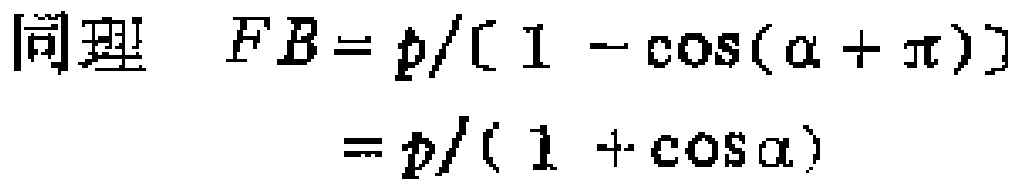
同理 \(FB = p/(1 - \cos(\alpha + \pi)) \\ = p/(1 + \cos\alpha)\)